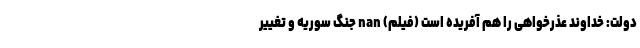
دولت: خداوند عذرخواهی را هم آفریده است (فیلم) nan جنگ سوریه و تغییر